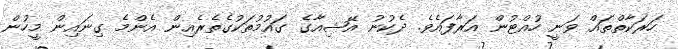
ހަރަކާތްތައް ވަނީ ހުއްޓުން އަރާފައެވެ. ދެކުނު އޭޝިއާގެ ގައުމުތަކުގެތެރެއިން އެންމެ ގިނައިން މީހުން